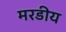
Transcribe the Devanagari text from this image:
मरडीय